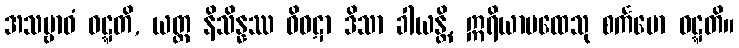
အသမ္ဗာဓံ ဝဋ္ဋတိ, ယတ္ထ နိသိန္နဿ ဝိဝဋာ ဒိသာ ခါယန္တိ, ဣရိယာပထေသု စင်္ကမော ဝဋ္ဋတိ။